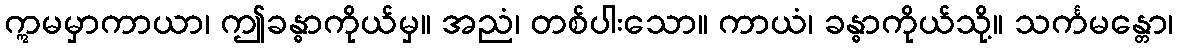
ဣမမှာကာယာ၊ ဤခန္ဓာကိုယ်မှ။ အညံ၊ တစ်ပါးသော။ ကာယံ၊ ခန္ဓာကိုယ်သို့။ သင်္ကမန္တော၊